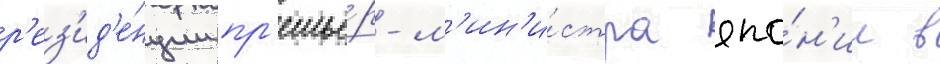
р'ез'ид'е́нции пр'емье́р-м'ин'и́стра япо́н'ии в